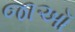
જાઑ